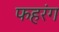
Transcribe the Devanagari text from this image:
फहरंग